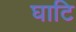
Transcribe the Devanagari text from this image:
घाटि